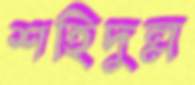
শহিদুল্ল